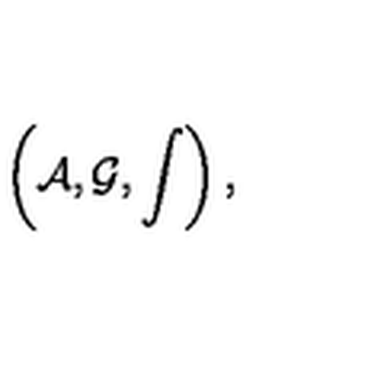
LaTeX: \left( { \cal A } , { \cal G } , \int \right) ,